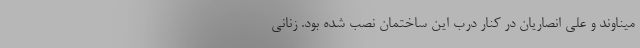
میناوند و علی انصاریان در کنار دربِ این ساختمان نصب شده بود. زنانی